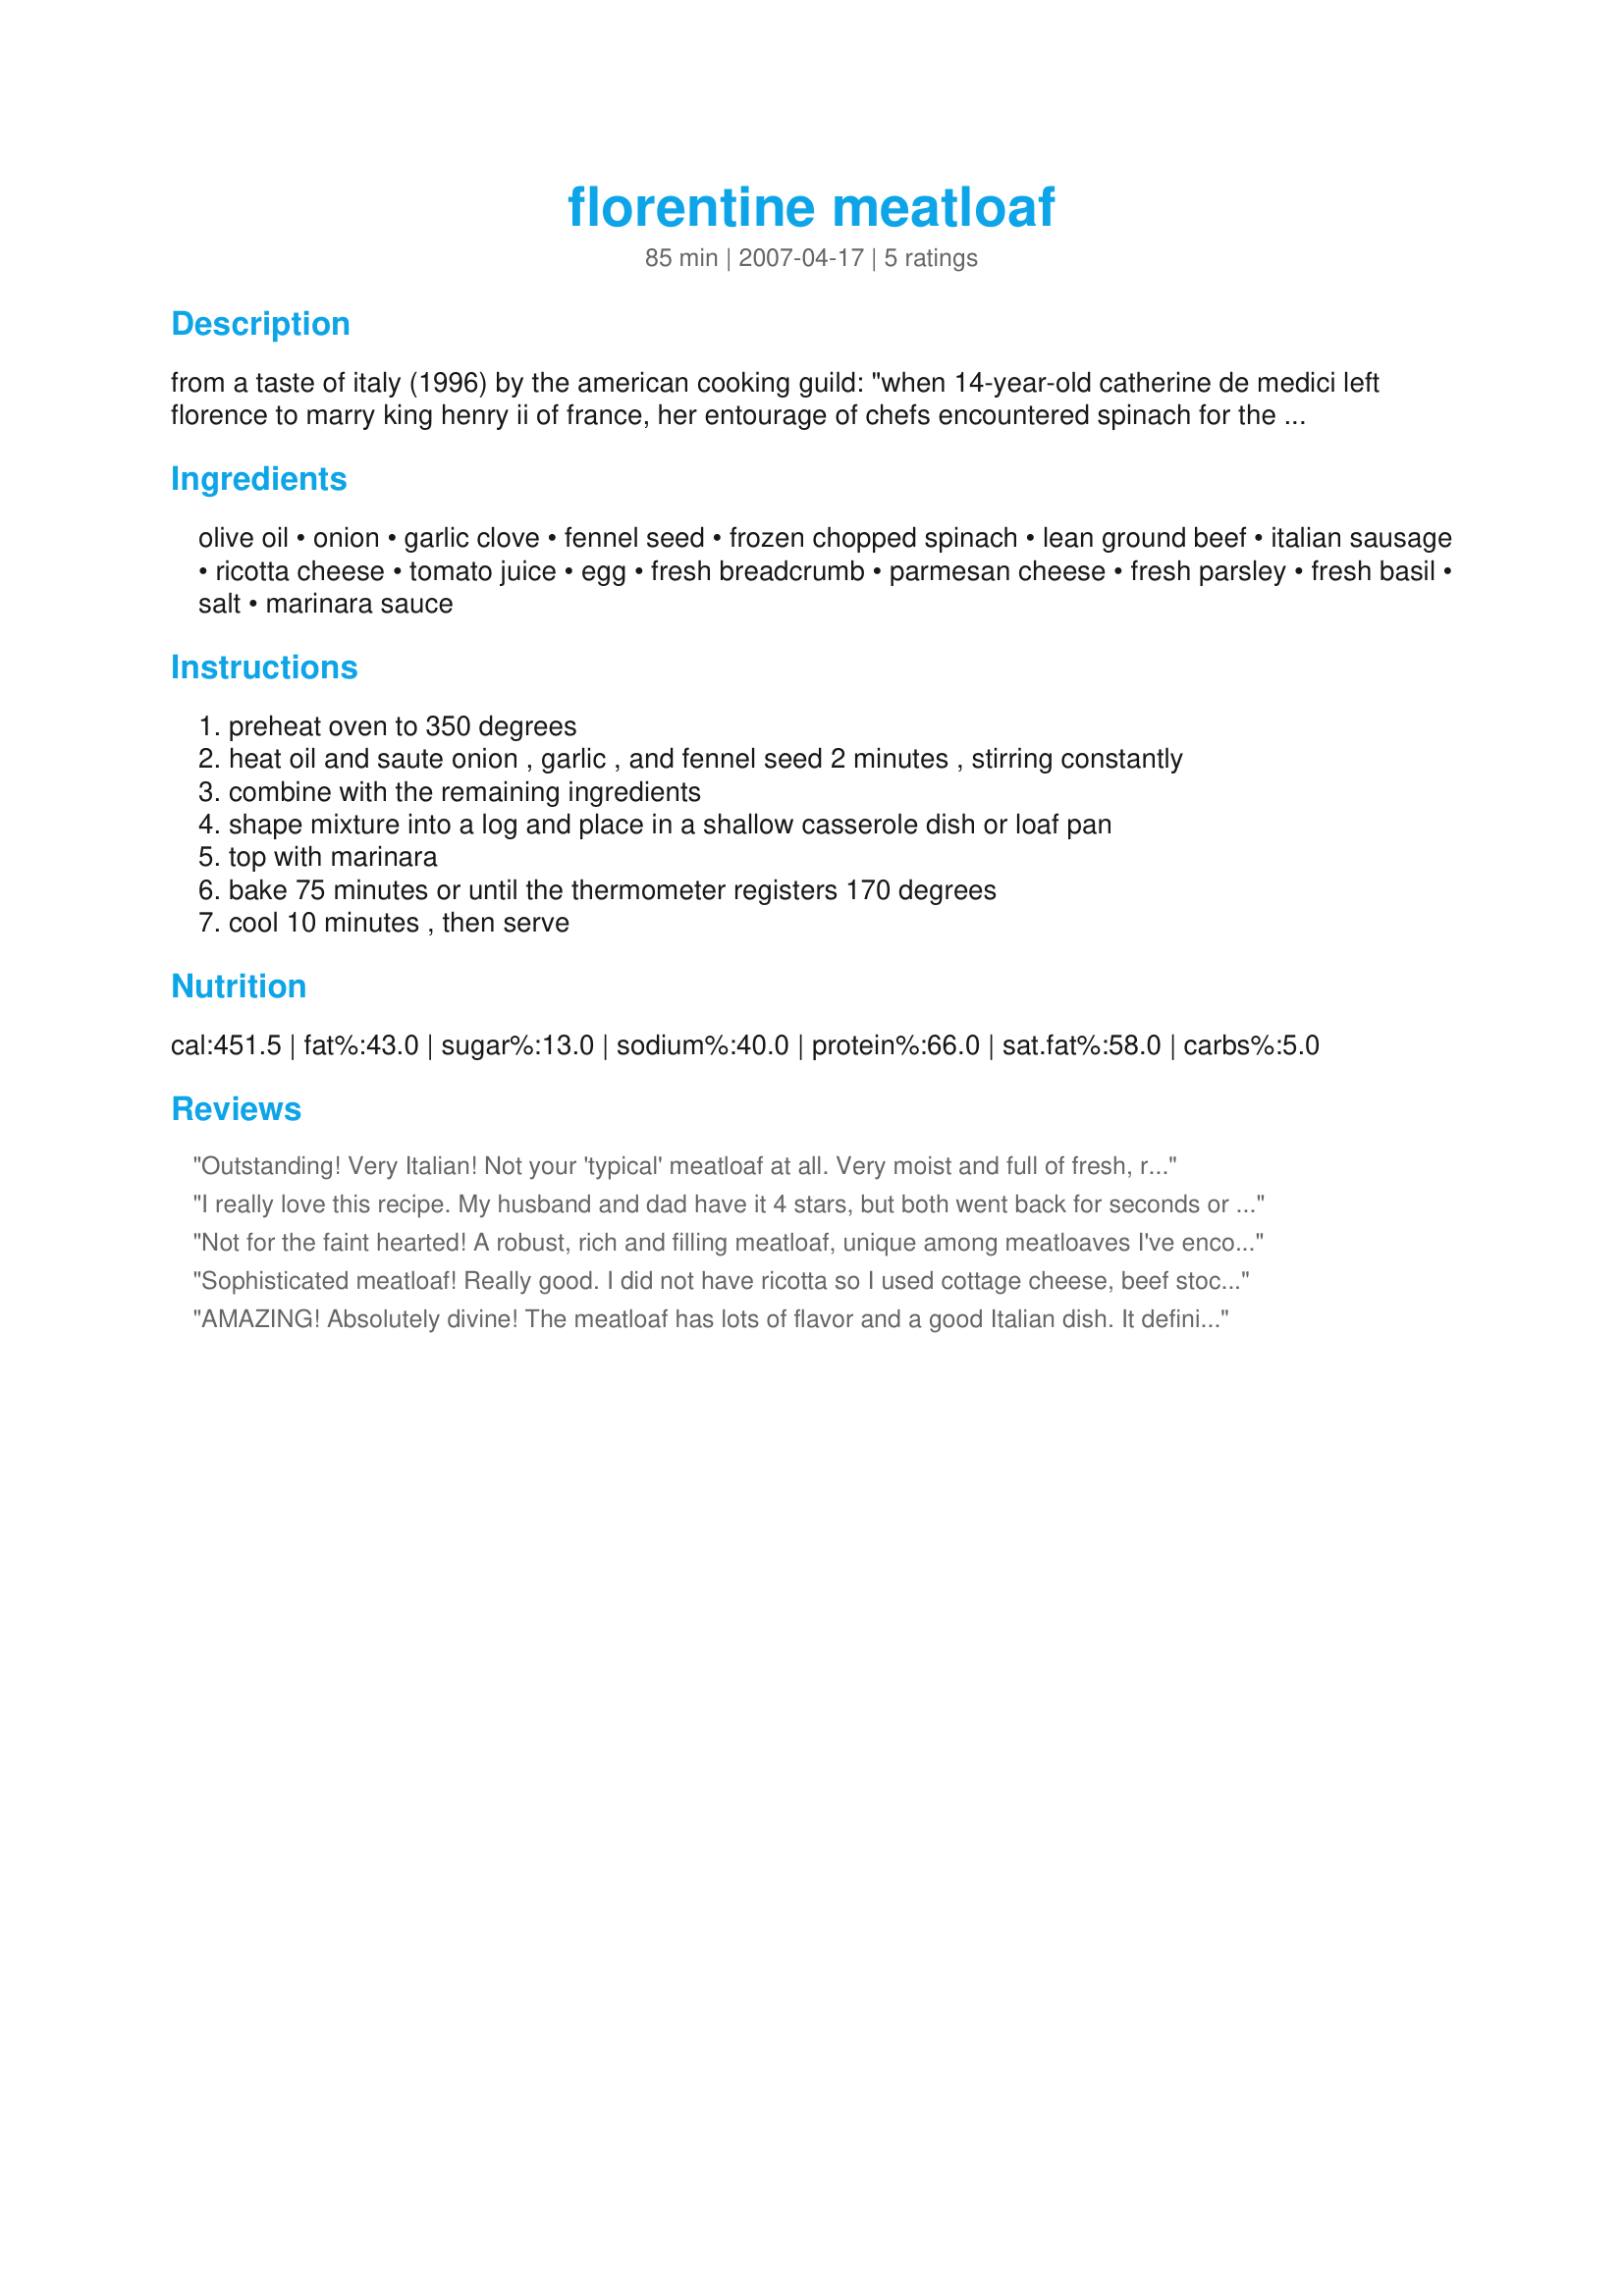
florentine meatloaf
Preparation time: 85 minutes

from a taste of italy (1996) by the american cooking guild: "when 14-year-old catherine de medici left florence to marry king henry ii of france, her entourage of chefs encountered spinach for the first time. from then on, they referred to dishes with spinach as florentine, which means 'bed of spinach' in french. this moist spinach and beef loaf tastes even better topped with marinara sauce."

Ingredients:
olive oil, onion, garlic clove, fennel seed, frozen chopped spinach, lean ground beef, italian sausage, ricotta cheese, tomato juice, egg, fresh breadcrumb, parmesan cheese, fresh parsley, fresh basil, salt, marinara sauce

Steps:
preheat oven to 350 degrees
heat oil and saute onion , garlic , and fennel seed 2 minutes , stirring constantly
combine with the remaining ingredients
shape mixture into a log and place in a shallow casserole dish or loaf pan
top with marinara
bake 75 minutes or until the thermometer registers 170 degrees
cool 10 minutes , then serve

Reviews:
Outstanding! Very Italian! Not your 'typical' meatloaf at all. Very moist and full of fresh, rich flavor. DO be sure and use the "fresh" ingredients listed as I believe they make a difference (i.e., the fresh herbs, garlic, grated parmesan). I would have been sorry if I hadn't used the marinara sauce - I think it's necessary rather than optional. However, I let my meatloaf cook for a little over an hour, drained off most of the grease, and then topped the loaf with marinara during the last 15 minutes or so of baking time. (My meatloaf did not fall apart and I think that small step helped - and let it cool the 10 minutes before cutting as directed.) This recipe makes a large meatloaf, and I'd sure serve it to company with some nice Italian side dishes and a good Merlot. THANK YOU, Heather & David for this great recipe!
I really love this recipe. My husband and dad have it 4 stars, but both went back for seconds or more! My mom and I, on the other hand, gave it a definite 5 stars! The best part is my 18 month old gobbles this up! (Plus, this is FULL of iron -spinach & beef- great for us, ladies ;P )
Not for the faint hearted! A robust, rich and filling meatloaf, unique among meatloaves I've encountered for its complex tastes (I feel as though I'm talking about wine!). Well worth making, though, it's easy. It gets 5 stars for its rich flavours, ease of prep and it yields a lot of servings! I used farmer's sausage, diced in place of Italian sausage as I couldn't get any that day. And it is enhanced by the sauce on top..I used chili sauce. Tanks!!!
Sophisticated meatloaf! Really good. I did not have ricotta so I used cottage cheese, beef stock, and skipped the marinara. Would be better I bet with ricotta. It did sort of fall apart but not too bad. Great flavor blend and better the next day. Makes a whole lot. Will make again. Thanks Heather & David!
AMAZING! Absolutely divine! The meatloaf has lots of flavor and a good Italian dish. It definitely warms up the body on a cold November evening! I didn't top the meatloaf with a marinara sauce, but I used tomato sauce with pinches of basil, parsley, and oregano, and celery salt. It still turned out great! My meatloaf didn't fall apart either. My oven cooks hot, so I only baked mine for 50 minutes and it had reached 170 degrees and looked and smelled done. Definitely a keeper! YUM!
